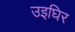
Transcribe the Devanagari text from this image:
उइघिर